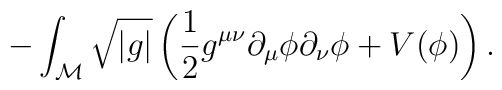
-\int_{\cal M}\sqrt{\left|g \right|}\left( \frac{1}{2}g^{\mu \nu}\partial_{\mu } \phi \partial_{\nu} \phi + V (\phi)\right).